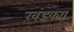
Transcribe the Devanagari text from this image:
खंडक्या